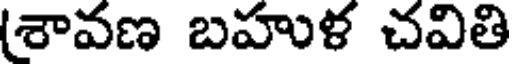
(శావణ బహుళ చవితి